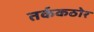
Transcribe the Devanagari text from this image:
तर्ककठोर